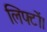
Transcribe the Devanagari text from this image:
लिफ्टों।